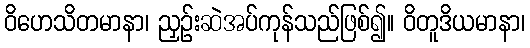
ဝိဟေသိတမာနာ၊ ညှဉ်းဆဲအပ်ကုန်သည်ဖြစ်၍။ ဝိတူဒိယမာနာ၊